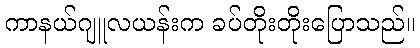
ကာနယ်ဂျူလယန်းက ခပ်တိုးတိုးပြောသည်။